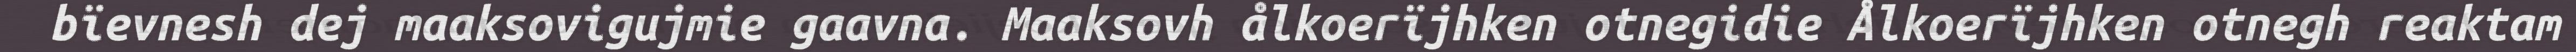
bïevnesh dej maaksovigujmie gaavna. Maaksovh ålkoerïjhken otnegidie Ålkoerïjhken otnegh reaktam